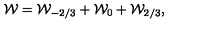
{ \cal W } = { \cal W } _ { - { 2 / 3 } } + { \cal W } _ { 0 } + { \cal W } _ { 2 / 3 } ,